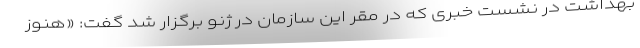
بهداشت در نشست خبری که در مقر این سازمان در ژنو برگزار شد گفت: «هنوز